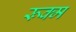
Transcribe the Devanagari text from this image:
रूक्म